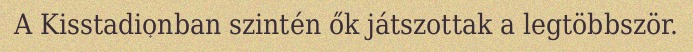
A Kisstadionban szintén ők játszottak a legtöbbször.